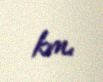
km.